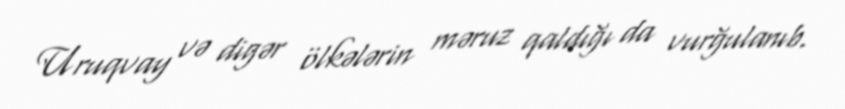
Uruqvay və digər ölkələrin məruz qaldığı da vurğulanıb.